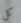
كل